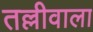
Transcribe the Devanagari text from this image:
तल्लीवाला